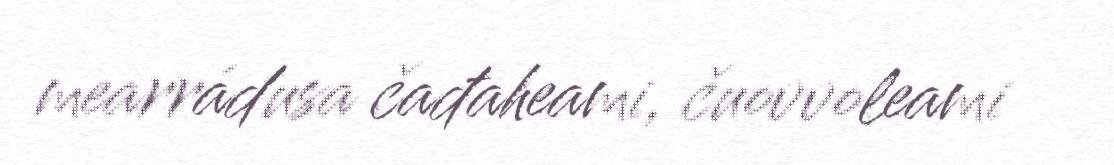
mearrádusa čađaheami, čuovvoleami